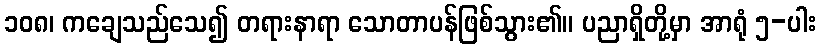
၁၀၈၊ ကချေသည်သေ၍ တရားနာရာ သောတာပန်ဖြစ်သွား၏။ ပညာရှိတို့မှာ အာရုံ ၅-ပါး